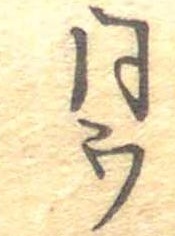
同ウ